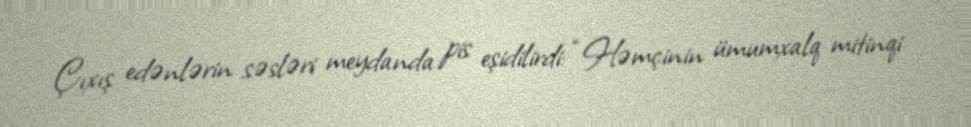
Çıxış edənlərin səsləri meydanda pis eşidilirdi: “Həmçinin ümumxalq mitinqi